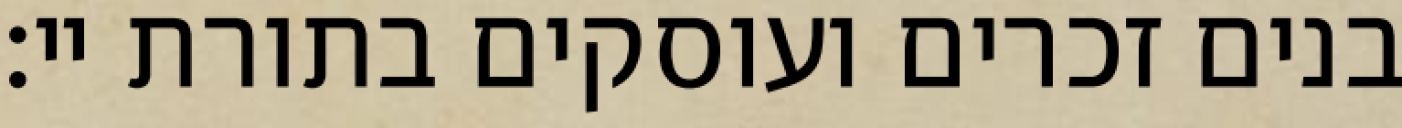
בנים זכרים ועוסקים בתורת יי: